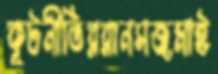
কূটনীতিররানসজমাই